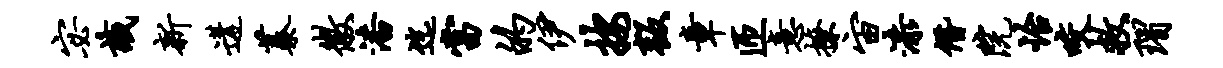
宓识新遘蓁徽潘迄当的伊按叛章匝意撩宙漆僭院怡咬救瑁